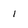
Character: I